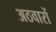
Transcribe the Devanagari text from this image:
अठवारों